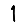
Digit: 1